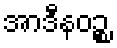
အာဒီနဝဉ္စ